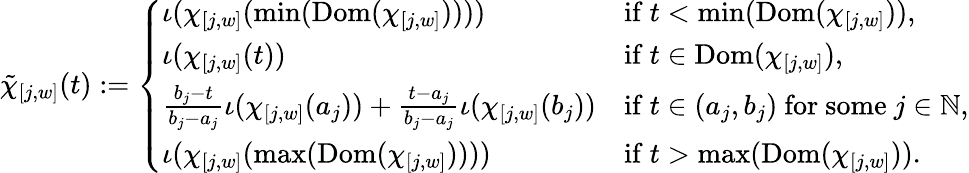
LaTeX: \tilde{\chi}_{[j,w]}(t):=\left\{ \begin{array}{ll}{\iota(\chi_{[j,w]}(\operatorname*{min}(\mathrm{Dom}(\chi_{[j,w]}))))}&{\mathrm{if~}t<\operatorname*{min}(\mathrm{Dom}(\chi_{[j,w]})),}\\ {\iota(\chi_{[j,w]}(t))}&{\mathrm{if~}t\in\mathrm{Dom}(\chi_{[j,w]}),}\\ {\frac{b_{j}-t}{b_{j}-a_{j}}\iota(\chi_{[j,w]}(a_{j}))+\frac{t-a_{j}}{b_{j}-a_{j}}\iota(\chi_{[j,w]}(b_{j}))}&{\mathrm{if~}t\in(a_{j},b_{j})\mathrm{~for~some~}j\in\mathbb{N},}\\ {\iota(\chi_{[j,w]}(\operatorname*{max}(\mathrm{Dom}(\chi_{[j,w]}))))}&{\mathrm{if~}t>\operatorname*{max}(\mathrm{Dom}(\chi_{[j,w]})).}\end{array}\right.